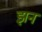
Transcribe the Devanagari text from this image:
झन